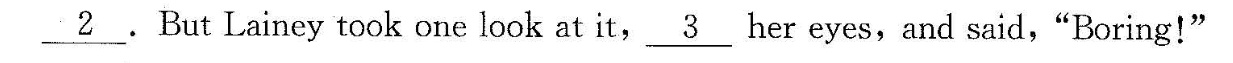
\underline{2}But Lainey took one look at it,h\underline{3}er eyes,andsaid,“Boring!”